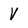
Character: V